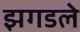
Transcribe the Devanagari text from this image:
झगडले